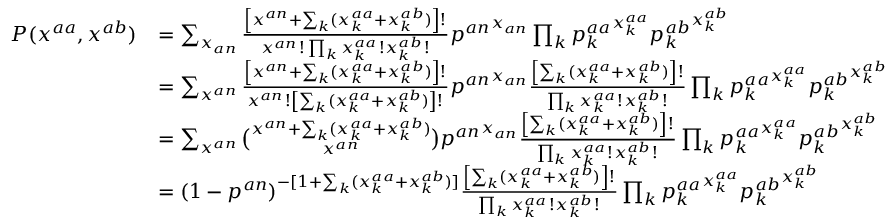
\begin{array} { r l } { P ( \boldsymbol { x ^ { a a } } , \boldsymbol { x ^ { a b } } ) } & { = \sum _ { x _ { a n } } \frac { \left[ x ^ { a n } + \sum _ { k } ( x _ { k } ^ { a a } + x _ { k } ^ { a b } ) \right] ! } { x ^ { a n } ! \prod _ { k } x _ { k } ^ { a a } ! x _ { k } ^ { a b } ! } { p ^ { a n } } ^ { x _ { a n } } \prod _ { k } { p _ { k } ^ { a a } } ^ { x _ { k } ^ { a a } } { p _ { k } ^ { a b } } ^ { x _ { k } ^ { a b } } } \\ & { = \sum _ { x ^ { a n } } \frac { \left[ x ^ { a n } + \sum _ { k } ( x _ { k } ^ { a a } + x _ { k } ^ { a b } ) \right] ! } { x ^ { a n } ! \left[ \sum _ { k } ( x _ { k } ^ { a a } + x _ { k } ^ { a b } ) \right] ! } { p ^ { a n } } ^ { x _ { a n } } \frac { \left[ \sum _ { k } ( x _ { k } ^ { a a } + x _ { k } ^ { a b } ) \right] ! } { \prod _ { k } x _ { k } ^ { a a } ! x _ { k } ^ { a b } ! } \prod _ { k } { p _ { k } ^ { a a } } ^ { x _ { k } ^ { a a } } { p _ { k } ^ { a b } } ^ { x _ { k } ^ { a b } } } \\ & { = \sum _ { x ^ { a n } } \binom { x ^ { a n } + \sum _ { k } ( x _ { k } ^ { a a } + x _ { k } ^ { a b } ) } { x ^ { a n } } { p ^ { a n } } ^ { x _ { a n } } \frac { \left[ \sum _ { k } ( x _ { k } ^ { a a } + x _ { k } ^ { a b } ) \right] ! } { \prod _ { k } x _ { k } ^ { a a } ! x _ { k } ^ { a b } ! } \prod _ { k } { p _ { k } ^ { a a } } ^ { x _ { k } ^ { a a } } { p _ { k } ^ { a b } } ^ { x _ { k } ^ { a b } } } \\ & { = ( 1 - p ^ { a n } ) ^ { - [ 1 + \sum _ { k } ( x _ { k } ^ { a a } + x _ { k } ^ { a b } ) ] } \frac { \left[ \sum _ { k } ( x _ { k } ^ { a a } + x _ { k } ^ { a b } ) \right] ! } { \prod _ { k } x _ { k } ^ { a a } ! x _ { k } ^ { a b } ! } \prod _ { k } { p _ { k } ^ { a a } } ^ { x _ { k } ^ { a a } } { p _ { k } ^ { a b } } ^ { x _ { k } ^ { a b } } } \end{array}